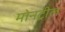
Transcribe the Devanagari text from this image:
मोनट्रील